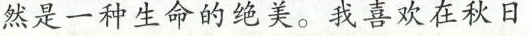
然是一种生命的绝美。我喜欢在秋日